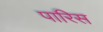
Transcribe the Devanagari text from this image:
पारिस